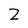
Character: Z